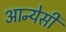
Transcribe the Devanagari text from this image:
आन्येसी